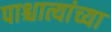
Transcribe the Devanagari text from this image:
पाश्चात्यांच्या